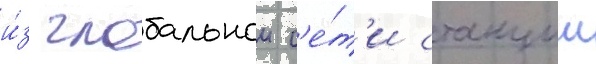
и́з глобальнои с'е́т'и станции